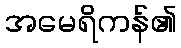
အမေရိကန်၏